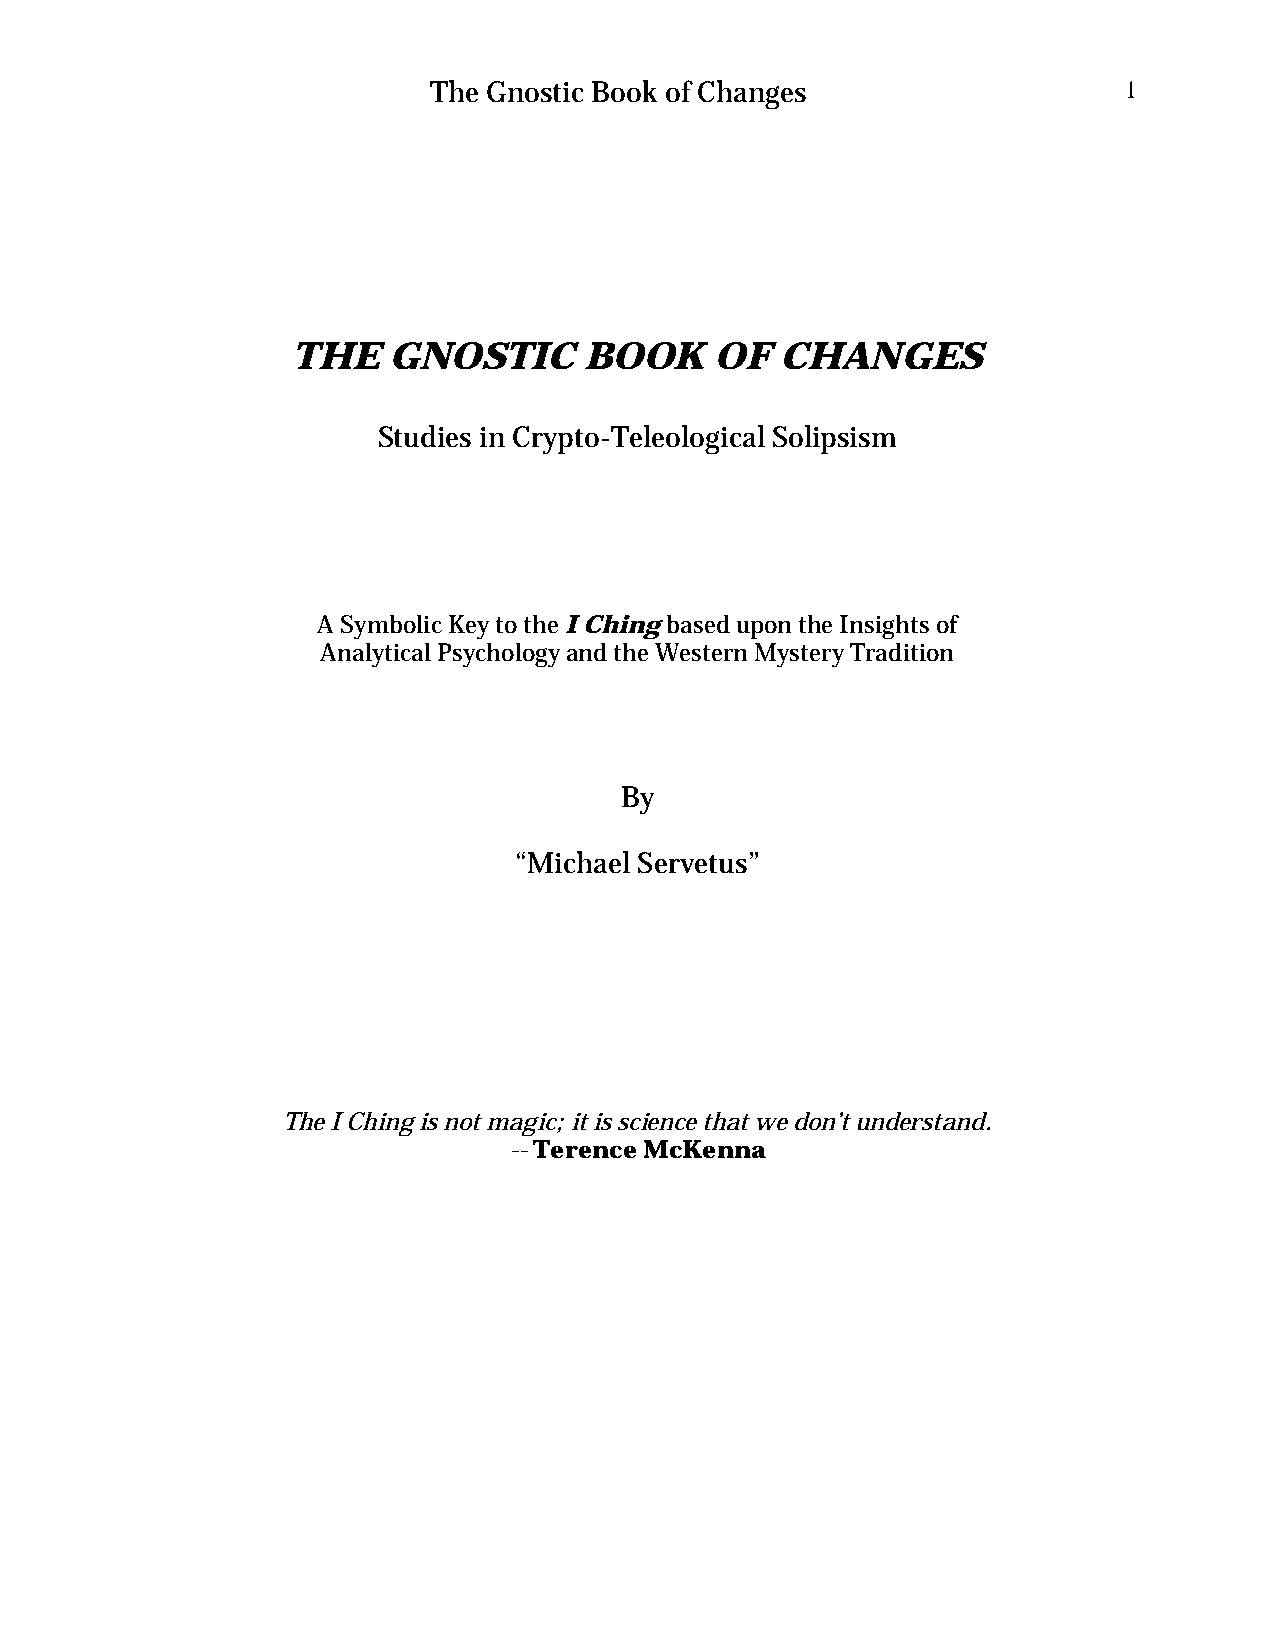
The Gnostic Book of Changes                  1
 THE    GNOSTIC      BOOK    OF   CHANGES
 Studies in Crypto-Teleological Solipsism
 A Symbolic Key to the I Ching based upon the Insights of
 Analytical Psychology and the Western Mystery Tradition
 By
 “Michael Servetus”
 The I Ching is not magic; it is science that we don’t understand.
 -- Terence McKenna